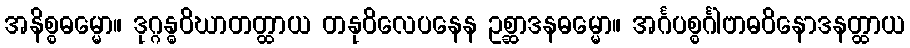
အနိစ္စဓမ္မော။ ဒုဂ္ဂန္ဓဝိဃာတတ္ထာယ တနုဝိလေပနေန ဥစ္ဆာဒနဓမ္မော။ အင်္ဂပစ္စင်္ဂါဗာဓဝိနောဒနတ္ထာယ